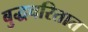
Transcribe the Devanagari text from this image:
बुद्धचरितात